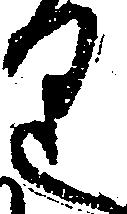
り